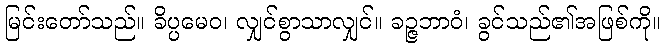
မြင်းတော်သည်။ ခိပ္ပမေဝ၊ လျှင်စွာသာလျှင်။ ခဉ္ဇဘာဝံ၊ ခွင်သည်၏အဖြစ်ကို။